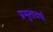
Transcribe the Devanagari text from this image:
प्रभुतावर्षा